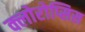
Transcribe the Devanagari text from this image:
क्लोरोप्सिस